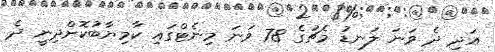
އަދި ދެ ވަނަ ލަނޑު މެޗުގެ 78 ވަނަ މިނެޓްގައި ކާމިޔާބުކޮށްދިނީ ދެ